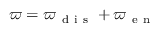
\varpi = \varpi _ { \mathrm { ~ d ~ i ~ s ~ } } + \varpi _ { \mathrm { ~ e ~ n ~ } }